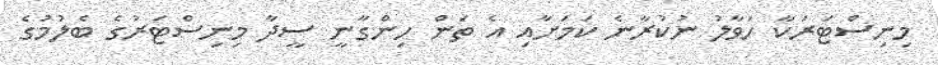
މިނިސްޓަރަކާ ހަވާލު ނުކުރާނެ ކަމަށާއި އެ ތަން ހިންގާނީ ސީދާ މިނިސްޓަރުގެ ބެލުމުގެ